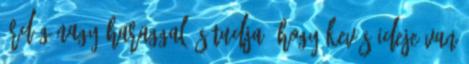
ördög nagy haraggal, s tudja, hogy kevés ideje van